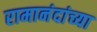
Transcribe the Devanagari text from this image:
रामानंदांच्या